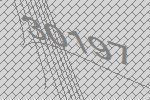
30197